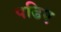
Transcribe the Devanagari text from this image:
पढिए